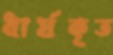
ধার্যকৃত